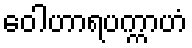
ဝေါဟာရပက္ကာဟံ